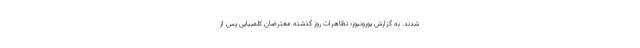
شدند. به گزارش یورونیوز؛ تظاهرات روز گذشته معترضان کلمبیایی پس از